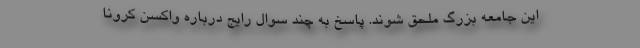
این جامعه بزرگ ملحق شوند. پاسخ به چند سوال رایج درباره واکسن کرونا